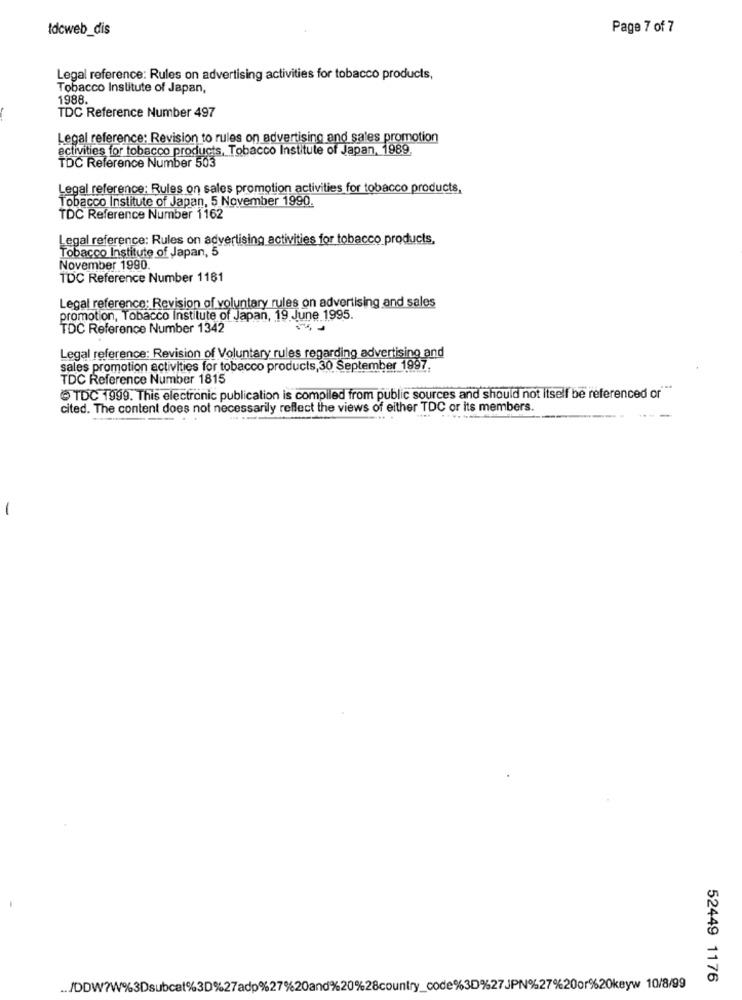
Idcweb_dis
Page 7 of 7
Legal reference: Rules on advertising activities for tobacco products,
Tobacco Institute of Japan,
1988.
TDC Reference Number 497
Legal reference: Revision to rules on advertising and sales promotion
activities for tobacco products, Tobacco Institute of Japan, 1989.
TDC Reference Number 503
Legal reference: Rules on sales promotion activities for tobacco products,
Tobacco Institute of Japan, 5 November 1990.
TDC Reference Number 1162
Legal reference: Rules on advertising activities for tobacco products,
Tobacco Institute of Japan, 5
November 1990.
TDC Reference Number 1161
Legal reference: Revision of voluntary rules on advertising and sales
promotion, Tobacco Institute of Japan, 19 June 1995.
TDC Reference Number 1342
Legal reference: Revision of Voluntary rules regarding advertising and
sales promotion activities for tobacco products, 30 September 1997.
TDC Reference Number 1815
TDC 1999. This electronic publication is compiled from public sources and should not itself be referenced or
cited. The content does not necessarily reflect the views of either TDC or its members.
---
----
-
52449 1176
.. /DDW?W%3Dsubcat%3D%27adp%27%20and%20%28country_code%3D%27JPN%27%20or%20keyw 10/8/99